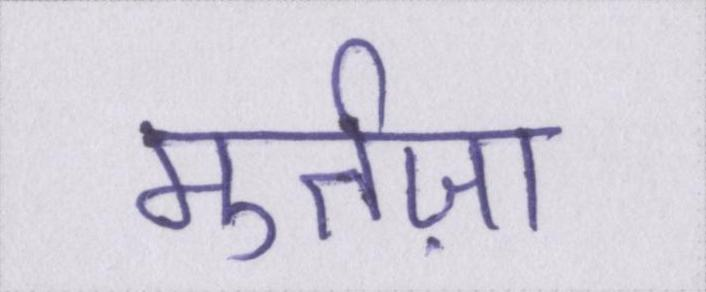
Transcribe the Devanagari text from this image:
मुर्तज़ा